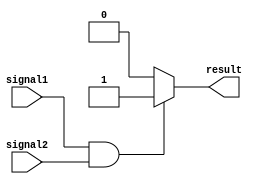
module conditional_assign (
    input signal1,
    input signal2,
    output reg result
);

always @* begin
    if (signal1 && signal2) begin
        result = 1;
    end
    else begin
        result = 0;
    end
end

endmodule